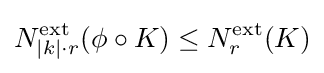
N_{|k|\cdot r}^{\text{ext}}(\phi \circ K)\leq N_{r}^{\text{ext}}(K)